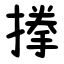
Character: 搼